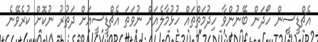
އެޗްޑީސީން ހޯދަން ބޭނުންވާ ހިދުމަތްތައް ހުޅުމާލެއަށް ނުވަތަ އެޗްޑީސީއަށް ދަތުރު ނުކޮށް ކުރެވޭނެ